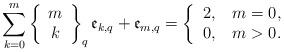
LaTeX: \begin{align*}{\displaystyle\sum\limits_{k=0}^{m}}\left\{\begin{array}[c]{c}m\\k\end{array}\right\} _{q}\mathfrak{e}_{k,q}+\mathfrak{e}_{m,q}=\left\{\begin{tabular}[c]{ll}$2,$ & $m=0,$\\$0,$ & $m>0.$\end{tabular}\ \ \ \ \ \ \ \ \ \ \right. \end{align*}